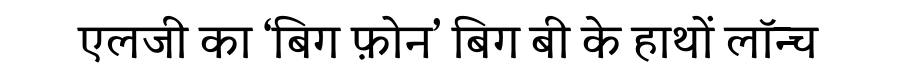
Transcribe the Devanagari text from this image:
एलजी का ‘बिग फ़ोन’ बिग बी के हाथों लॉन्च